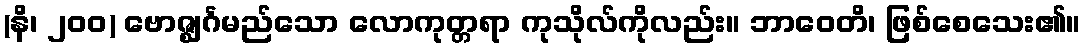
(နိ၊ ၂၀၀) ဗောဇ္ဈင်္ဂမည်သော လောကုတ္တရာ ကုသိုလ်ကိုလည်း။ ဘာဝေတိ၊ ဖြစ်စေသေး၏။